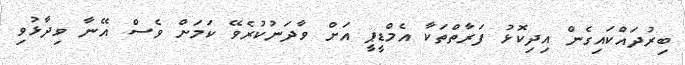
ބިރުދައްކައިގެން އިދިކޮޅު ފަރާތްތަކާ އެމްޑީޕީ އަށް ވާދަނުކުރެވޭ ކަމަށް ވެސް އޭނާ ވިދާޅުވި